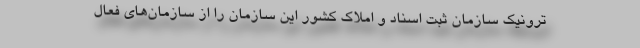
ترونیک سازمان ثبت اسناد و املاک کشور این سازمان را از سازمان‌های فعال